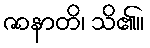
ဇာနာတိ၊ သိ၏။